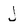
Character: J